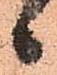
ヽ